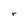
Character: r